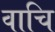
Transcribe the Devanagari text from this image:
वाचि